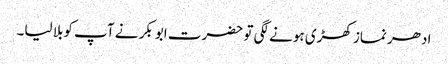
ادھر نماز کھڑی ہونے لگی تو حضرت ابوبکر نے آپ کوبلا لیا۔